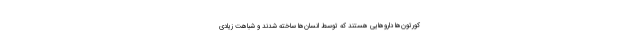
کورتون‌ها دارو‌هایی هستند که توسط انسان‌ها ساخته شدند و شباهت زیادی